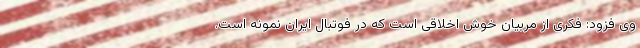
وی فزود: فکری از مربیان خوش اخلاقی است که در فوتبال ایران نمونه است.